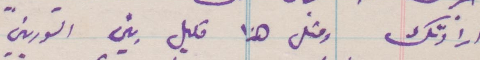
ارادتكم ومثل هذا قليل بين السوريين